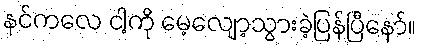
နင်ကလေ ငါ့ကို မေ့လျော့သွားခဲ့ပြန်ပြီနော်။